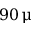
9 0 \, \upmu